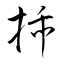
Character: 挿